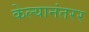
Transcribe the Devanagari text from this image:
केल्यानंतरर